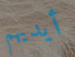
أيديهم